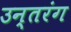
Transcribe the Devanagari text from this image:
उन्तरंग